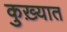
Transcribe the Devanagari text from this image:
कुख़्यात